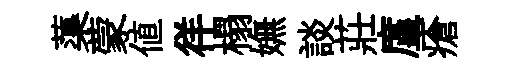
蕖蒙值徉榻嫵談莊廑瘡